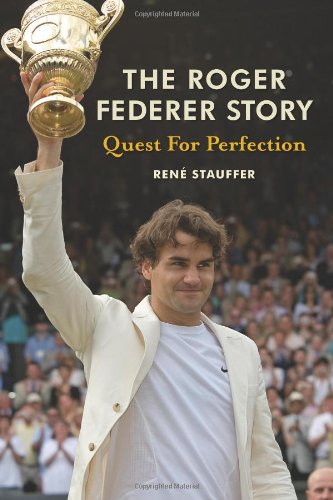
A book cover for The Roger Federer Story: Quest for Perfection; Rene Stauffer; Sports & Outdoors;